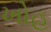
ખોહ